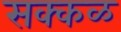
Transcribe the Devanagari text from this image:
सक्‍कळ